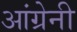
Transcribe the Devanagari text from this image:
आंग्रेनी